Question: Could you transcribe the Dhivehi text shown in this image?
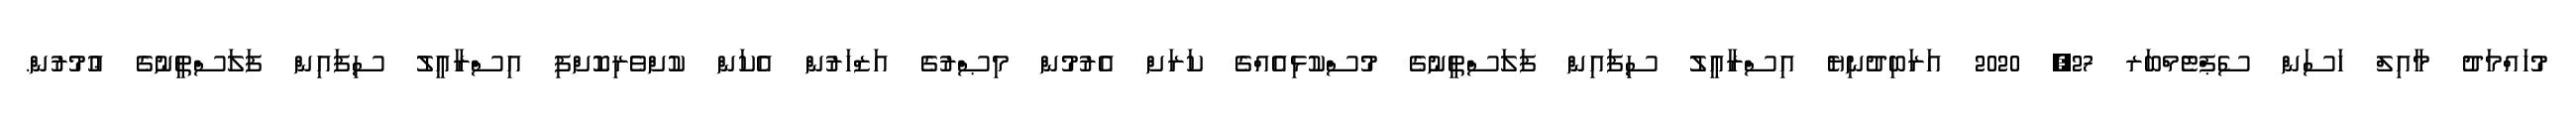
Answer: މުހައްމަދު މާއިލް ހަސަން ސެޕްޓެމްބަރ 27, 2020 އަރަބިދުނިޔެ އިސްރާއީލު ސިފައިން ފަލަސްޠީނުގެ މުސްކުޅިއެއްގެ ކަރަށް އެރުމުން މިޞްރުގެ އަޒްހަރުން އެކަން ކުށްވެރިކޮށްފި އިސްރާއީލު ސިފައިން ފަލަސްޠީނުގެ ޢުމުރުން.